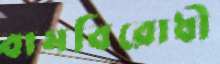
বামবিরোধী